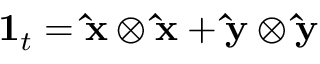
\mathbf { 1 } _ { t } = \mathbf { \hat { x } } \otimes \mathbf { \hat { x } } + \mathbf { \hat { y } } \otimes \mathbf { \hat { y } }